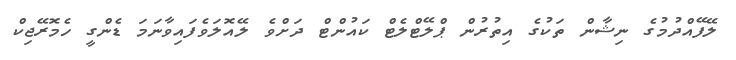
ލޭފޭއްދުމުގެ ނިޝާން ތަކުގެ އިތުރުން ޕްލޭޓްލެޓް ކައުންޓް ދަށްވެ ލޭއޮލަވެފައިވާނަމަ ޑެންގީ ހެމޮރޭޖިކް